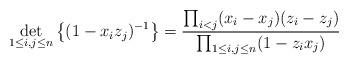
LaTeX: \begin{align*} \det_{1 \leq i, j \leq n} \left\{ (1 - x_i z_j)^{-1} \right\} = \frac{\prod_{i<j} (x_i - x_j) (z_i - z_j)}{\prod_{1 \leq i,j \leq n} (1 - z_i x_j)} \end{align*}